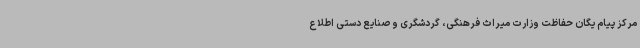
مرکز پیام یگان حفاظت وزارت میراث فرهنگی، گردشگری و صنایع دستی اطلاع